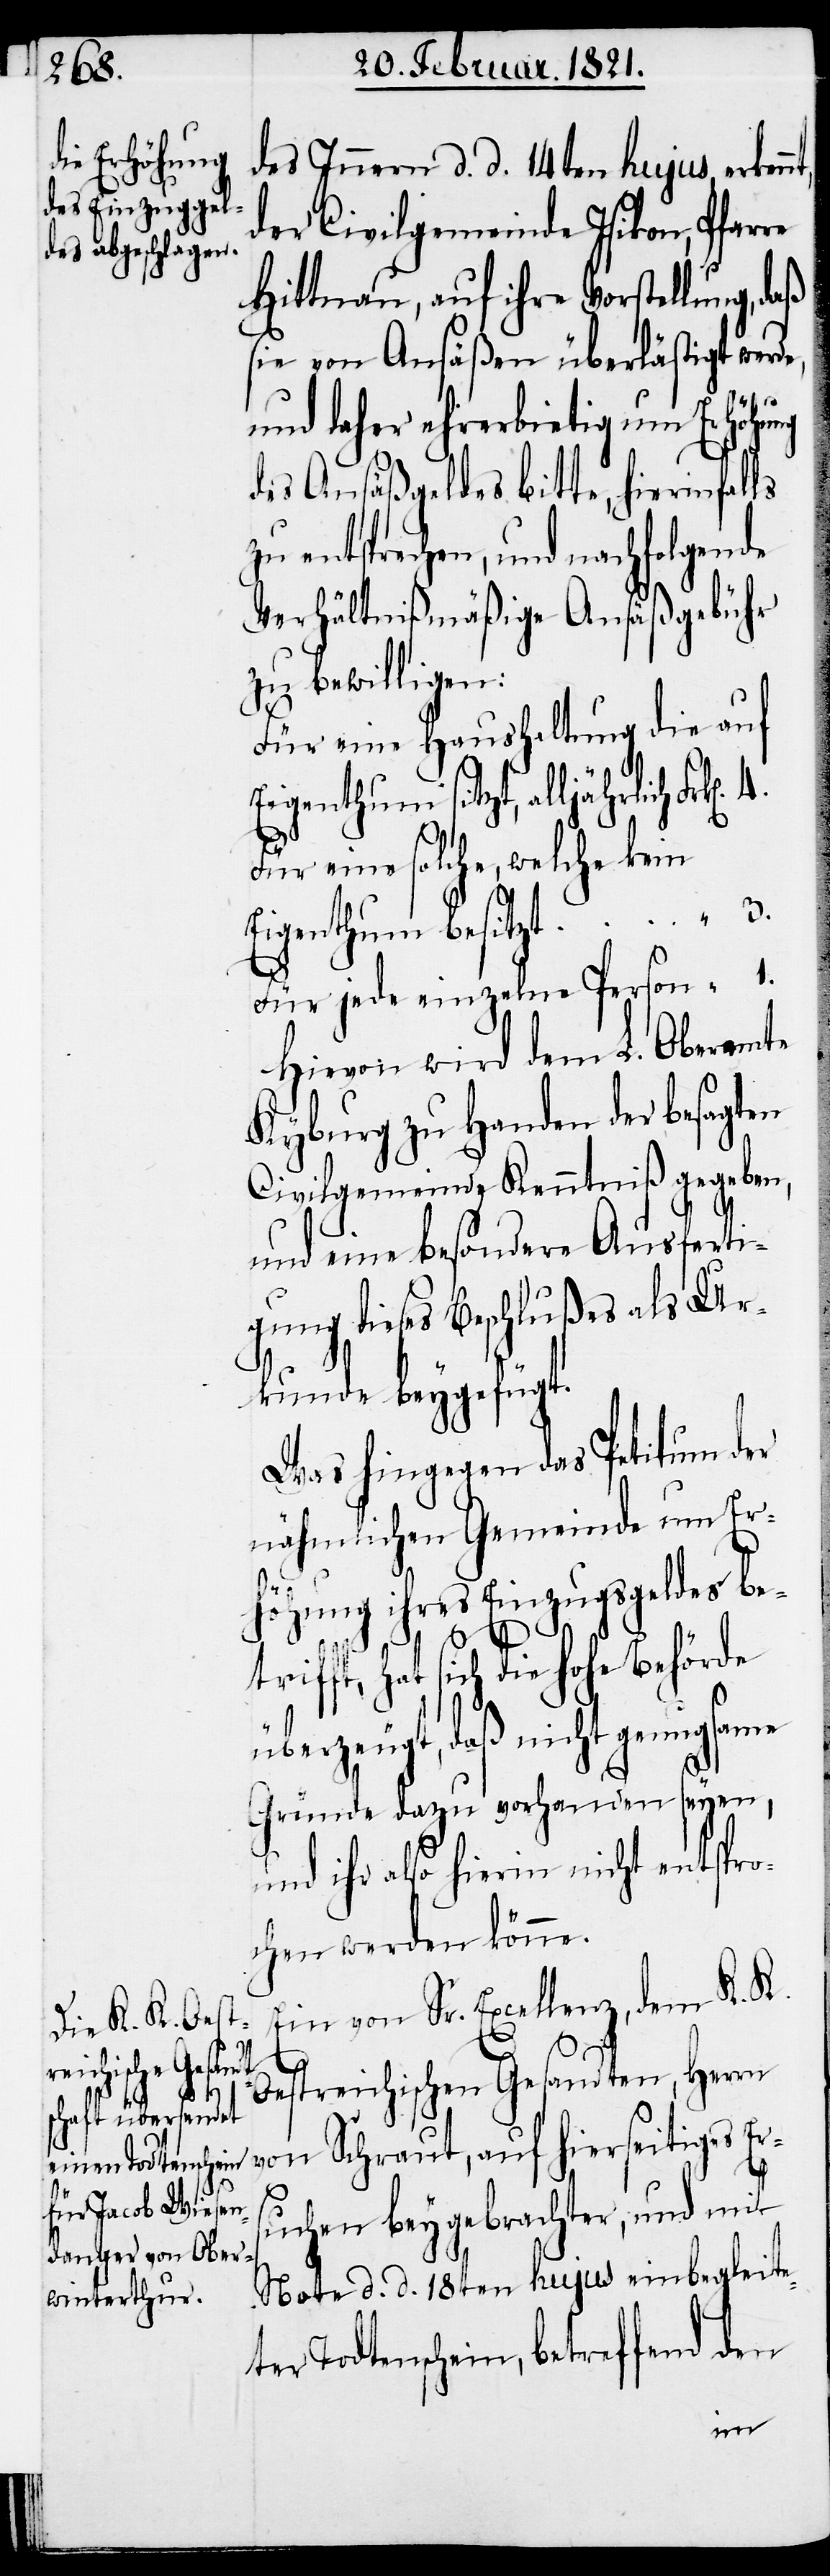
ochen werden

des Innern d. d. 14ten hujus erkenn¬
der Civilgemeinde Isikon, Pfarre
Hittnau, auf ihre Vorstellung,
sie von Ansäßen überlästigt werde,
und daher ehrerbietig um Erhöhung
des Ansäßgeldes bitte, hierinfal¬
entsprechen, und nachfolgende
Verhältnißmäßige Ansäßgebühr
zu bewilligen:
Für eine Haushaltung die auf
Eigenthum sitzt, alljährlich Frk[e¬
Für eine solche, welche kein
Eigenthum besitzt	“	3.
Für jede einzelne Person	“	1.
Hievon wird dem L. Oberamte
Kyburg zu Handen der besagten
Civilgemeinde Kenntniß gegeben,
und eine besondere Ausferti¬
gung dieses Beschlußes als Ur¬
kunde beygefügt.
Was hingegen das Petitum der
nähmlichen Gemeinde um Er¬
höhung ihres Einzugsgeldes be¬
t,
ls zu
trifft, hat sich die hohe Behörde
überzeugt, daß nicht genugsame
Gründe dazu vorhanden seyen,
und ihr also hierin nicht entspr¬
Ein von Sr. Excellenz, dem K. K.
Oestreichischen Gesandten, Herrn
von Schraut, auf hierseitiges Er¬
suchen beygebrachter, und mit
Note d. d. 18ten hujus einbegleite¬
ter Todtenschein, betreffend den
n].